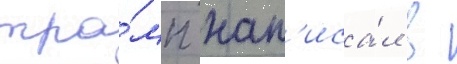
тра́мп нап'иса́л в